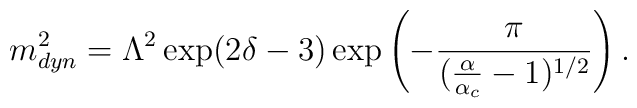
m_{dyn}^2 = \Lambda^2 \exp (2\delta -3) \exp \left( - \frac{\pi}{(\frac{\alpha}{\alpha_c} - 1 )^{1/2}} \right).